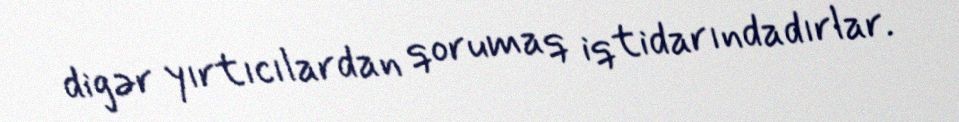
digər yırtıcılardan qorumaq iqtidarındadırlar.